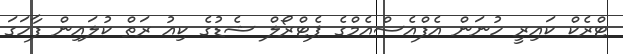
ޓްރެކް ކައިރީ ހުނަން އެފްއެސްއެމްގެ ޕެޓްރޯލް ޝެޑުގެ ކިއު ރަތް ކުލައިން ފާހަގަ